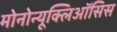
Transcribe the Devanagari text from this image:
मोनोन्यूक्लिऑसिस